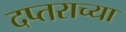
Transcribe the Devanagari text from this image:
दप्तराच्या